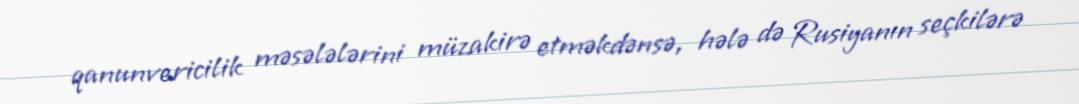
qanunvericilik məsələlərini müzakirə etməkdənsə, hələ də Rusiyanın seçkilərə